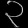
Digit: ၃